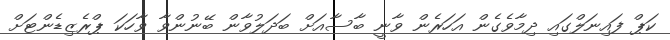
ކަޕް ފައިނަލްގައި ދިމާވެގެން އަހަރެން ވާނީ ބާސާއަށް ބަދަލުވާން ބޭނުންވާ ވާހަކަ ޕްރެޒިޑެންޓަށް